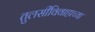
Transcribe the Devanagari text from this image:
तुलसीविवाहाच्या